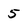
Character: 5